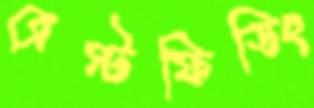
ব্রেস্টফিডিং